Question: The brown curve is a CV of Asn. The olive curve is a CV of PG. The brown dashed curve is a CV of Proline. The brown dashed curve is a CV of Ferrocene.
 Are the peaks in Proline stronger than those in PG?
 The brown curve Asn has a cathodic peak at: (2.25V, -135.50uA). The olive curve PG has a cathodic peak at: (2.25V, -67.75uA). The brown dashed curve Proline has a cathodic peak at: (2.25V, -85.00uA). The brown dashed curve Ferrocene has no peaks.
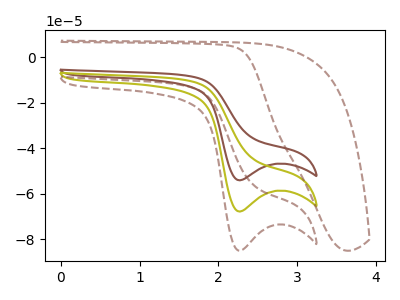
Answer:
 <answer>Every peak in "Proline" is higher than every peak in "PG".</answer>
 <eval>higher</eval>